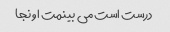
درست است می بینمت اونجا